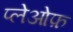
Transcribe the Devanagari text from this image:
प्लेओफ़